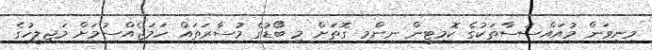
މިނިވަން މުއައްސަސާތަކުގެ ކޮމިޓީން ނިންމި ގޮތަށް މި ބޯޑުގެ މުސާރަތައް ހަމަޖެއްސުމަށް މަޖިލީހުގެ